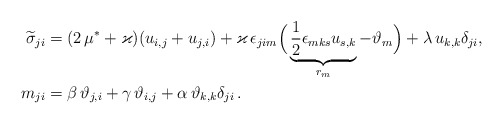
\begin{align*}\widetilde{\sigma}_{ji} &=(2\,\mu^*+\varkappa) ( u_{i,j}+u_{j,i})+\varkappa \, \epsilon_{jim}\Big(\underbrace{\frac{1}{2}\epsilon_{mks}u_{s,k}}_{r_m}-\vartheta_m\Big)+\lambda \, u_{k,k}\delta_{ji},\\*m _{ji}&=\beta \,\vartheta_{j,i}+\gamma\, \vartheta_{i,j}+ \alpha \, \vartheta_{k,k}\delta_{ji} \, .\end{align*}